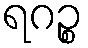
ရဂဉ္စ